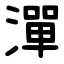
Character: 潬